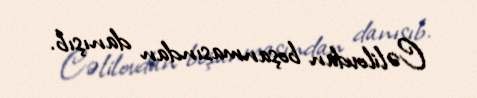
Cəlilovdan boşanmasından danışıb.